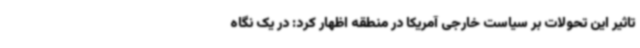
تاثیر این تحولات بر سیاست خارجی آمریکا در منطقه اظهار کرد: در یک نگاه